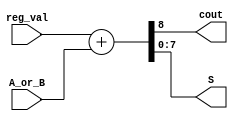
module adder_8_bits(input [7:0] reg_val, A_or_B,
							output cout,
							output [7:0] S);
							
	assign {cout, S} = reg_val + A_or_B;
	
endmodule